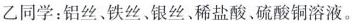
乙同学：铝丝、铁丝、银丝、稀盐酸、硫酸铜溶液。